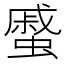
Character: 𧐶